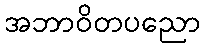
အဘာဝိတပညော